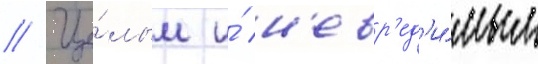
// Це́лым и́ н'евр'ед'и́мым